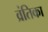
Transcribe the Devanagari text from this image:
व्रंतिका